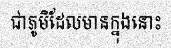
ជាភូមិដែលមានក្នុងនោះ